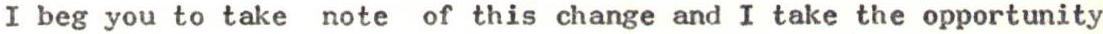
I beg you to take note of this change and I take the opportunity